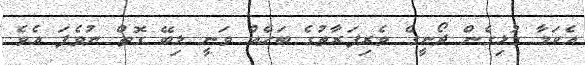
އެކަމާ ގުޅިގެން ދޯނީގެ ވެރިފަރާތުގެ ބަހެއް ވަނީ ލިބޭ ގޮތް ނުވެފަ އެވެ.